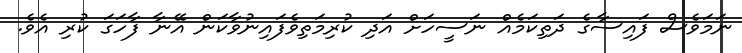
ނަމަވެސް ފައިސާގެ ދަތިކަމެއް ނަސީހަށް އަދި ކުރިމަތިވެފައިނުވާކަން އޭނާ ފާހަގަ ކުރި އެވެ.